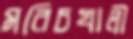
মরিচখালী